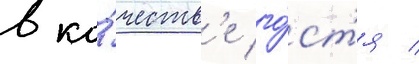
в ка́честв'е го́ст'я /